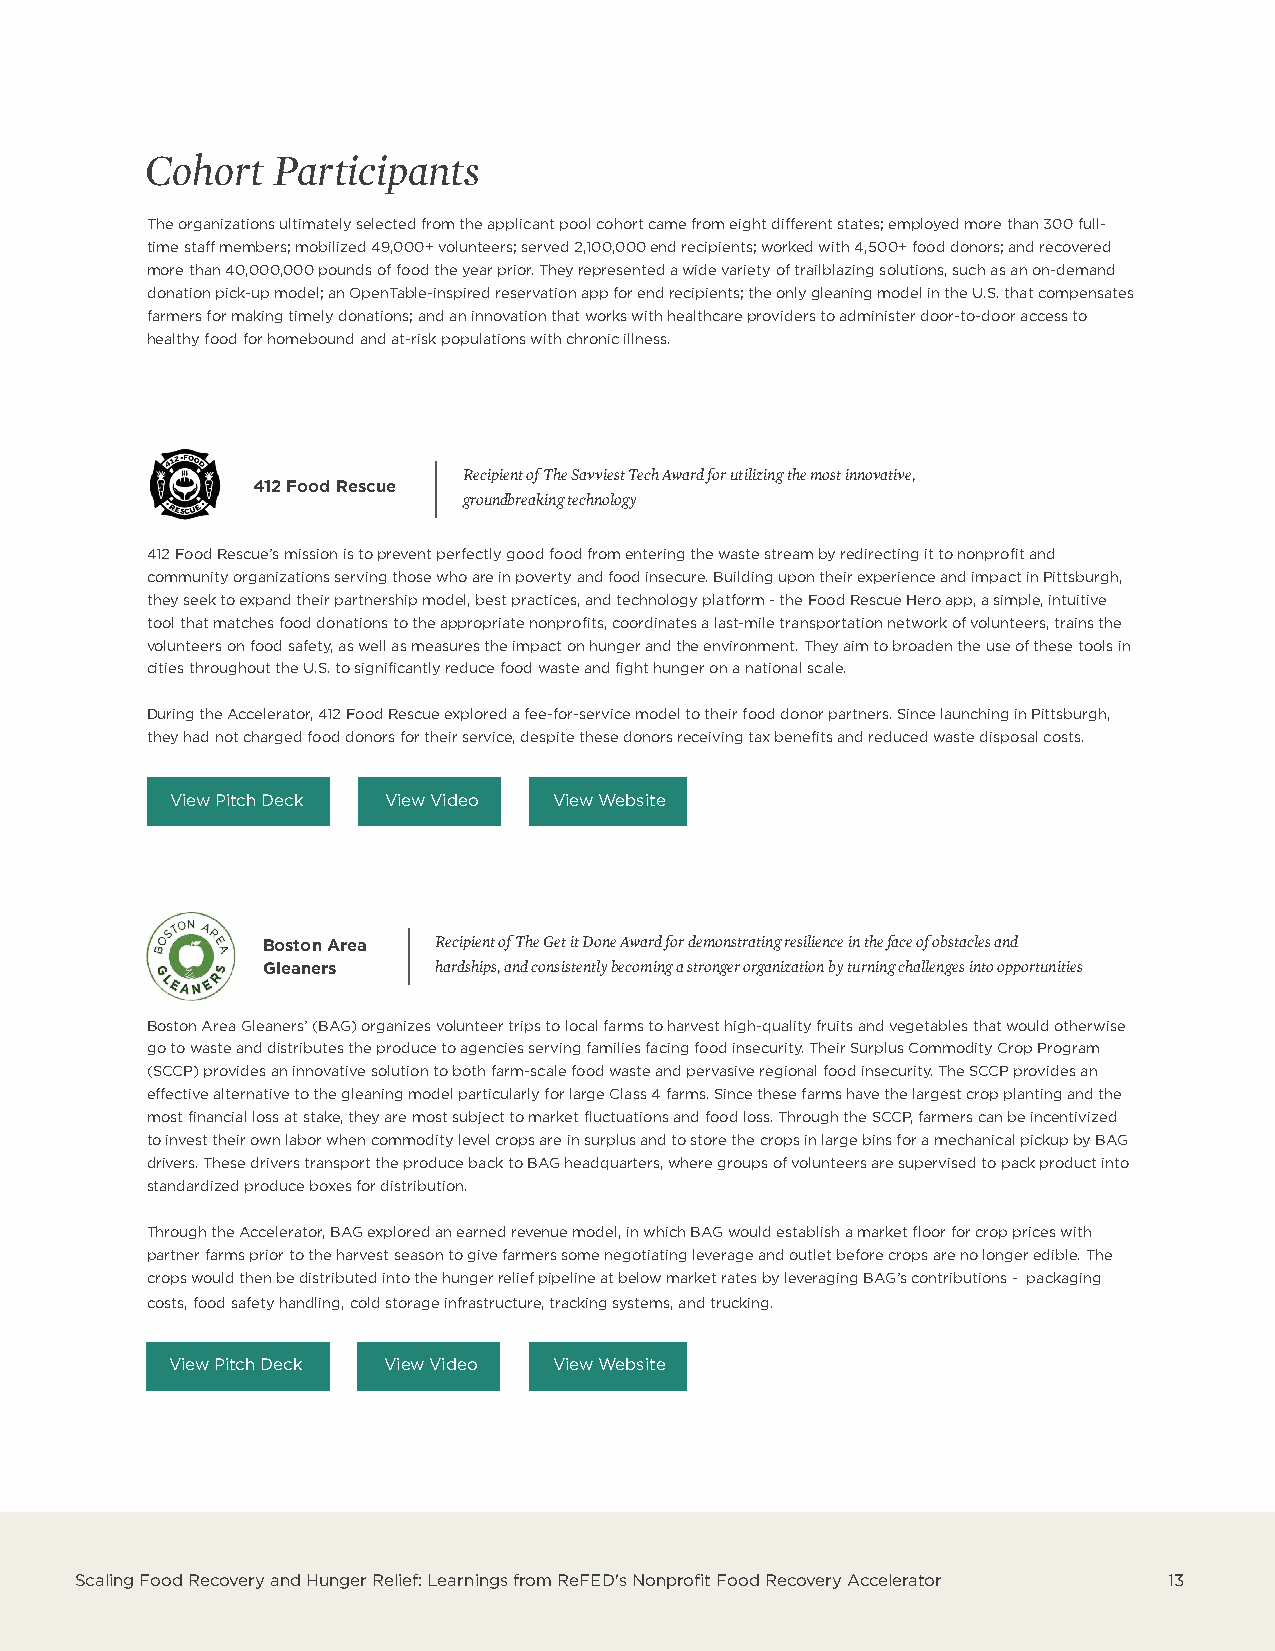
Cohort  Participants
 The organizations ultimately selected from the applicant pool cohort came from eight different states; employed more than 300 full-
 time staff members; mobilized 49,000+ volunteers; served 2,100,000 end recipients; worked with 4,500+ food donors; and recovered
 more than 40,000,000 pounds of food the year prior. They represented a wide variety of trailblazing solutions, such as an on-demand
 donation pick-up model; an OpenTable-inspired reservation app for end recipients; the only gleaning model in the U.S. that compensates
 farmers for making timely donations; and an innovation that works with healthcare providers to administer door-to-door access to
 healthy food for homebound and at-risk populations with chronic illness.
 Recipient of The Savviest Tech Award for utilizing the most innovative,
 412 Food Rescue
 groundbreaking technology
 412 Food Rescue’s mission is to prevent perfectly good food from entering the waste stream by redirecting it to nonprofit and
 community organizations serving those who are in poverty and food insecure. Building upon their experience and impact in Pittsburgh,
 they seek to expand their partnership model, best practices, and technology platform - the Food Rescue Hero app, a simple, intuitive
 tool that matches food donations to the appropriate nonprofits, coordinates a last-mile transportation network of volunteers, trains the
 volunteers on food safety, as well as measures the impact on hunger and the environment. They aim to broaden the use of these tools in
 cities throughout the U.S. to significantly reduce food waste and fight hunger on a national scale.
 During the Accelerator, 412 Food Rescue explored a fee-for-service model to their food donor partners. Since launching in Pittsburgh,
 they had not charged food donors for their service, despite these donors receiving tax benefits and reduced waste disposal costs.
 View Pitch Deck View Video View Website
 Boston Area Recipient of The Get it Done Award for demonstrating resilience in the face of obstacles and
 Gleaners    hardships, and consistently becoming a stronger organization by turning challenges into opportunities
 Boston Area Gleaners’ (BAG) organizes volunteer trips to local farms to harvest high-quality fruits and vegetables that would otherwise
 go to waste and distributes the produce to agencies serving families facing food insecurity. Their Surplus Commodity Crop Program
 (SCCP) provides an innovative solution to both farm-scale food waste and pervasive regional food insecurity. The SCCP provides an
 effective alternative to the gleaning model particularly for large Class 4 farms. Since these farms have the largest crop planting and the
 most financial loss at stake, they are most subject to market fluctuations and food loss. Through the SCCP, farmers can be incentivized
 to invest their own labor when commodity level crops are in surplus and to store the crops in large bins for a mechanical pickup by BAG
 drivers. These drivers transport the produce back to BAG headquarters, where groups of volunteers are supervised to pack product into
 standardized produce boxes for distribution.
 Through the Accelerator, BAG explored an earned revenue model, in which BAG would establish a market floor for crop prices with
 partner farms prior to the harvest season to give farmers some negotiating leverage and outlet before crops are no longer edible. The
 crops would then be distributed into the hunger relief pipeline at below market rates by leveraging BAG’s contributions - packaging
 costs, food safety handling, cold storage infrastructure, tracking systems, and trucking.
 View Pitch Deck View Video View Website
 Scaling Food Recovery and Hunger Relief: Learnings from ReFED's Nonprofit Food Recovery Accelerator 13